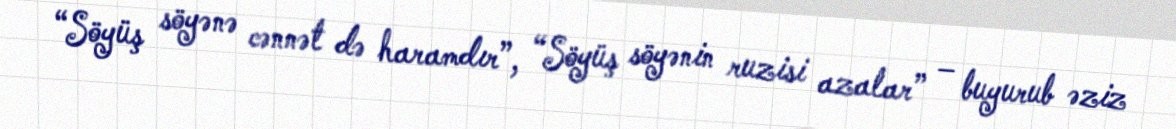
“Söyüş söyənə cənnət də haramdır”, “Söyüş söyənin ruzisi azalar” – buyurub əziz